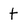
Character: t